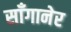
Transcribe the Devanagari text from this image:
साँगानेर